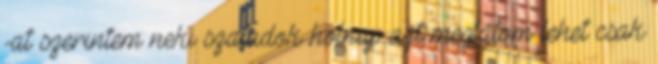
-at szerintem neki szaladok holnap azt meglátom lehet csak